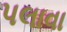
પલાવા